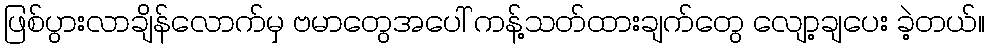
ဖြစ်ပွားလာချိန်လောက်မှ ဗမာတွေအပေါ် ကန့်သတ်ထားချက်တွေ လျော့ချပေး ခဲ့တယ်။